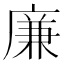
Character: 廉